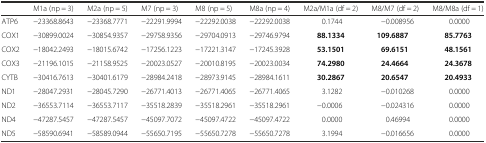
<table><thead><tr><td></td><td><b>M1a (np = 3)</b></td><td><b>M2a (np = 5)</b></td><td><b>M7 (np = 3)</b></td><td><b>M8 (np = 5)</b></td><td><b>M8a (np = 4)</b></td><td><b>M2a/M1a (df = 2)</b></td><td><b>M8/M7 (df = 2)</b></td><td><b>M8/M8a (df = 1)</b></td></tr></thead><tbody><tr><td>ATP6</td><td>−23368.8643</td><td>−23368.7771</td><td>−22291.9994</td><td>−22292.0038</td><td>−22292.0038</td><td>0.1744</td><td>−0.008956</td><td>0.0000</td></tr><tr><td>COX1</td><td>−30899.0024</td><td>−30854.9357</td><td>−29758.9356</td><td>−29704.0913</td><td>−29746.9794</td><td><b>88.1334</b></td><td><b>109.6887</b></td><td><b>85.7763</b></td></tr><tr><td>COX2</td><td>−18042.2493</td><td>−18015.6742</td><td>−17256.1223</td><td>−17221.3147</td><td>−17245.3928</td><td><b>53.1501</b></td><td><b>69.6151</b></td><td><b>48.1561</b></td></tr><tr><td>COX3</td><td>−21196.1015</td><td>−21158.9525</td><td>−20023.0527</td><td>−20010.8195</td><td>−20023.0034</td><td><b>74.2980</b></td><td><b>24.4664</b></td><td><b>24.3678</b></td></tr><tr><td>CYTB</td><td>−30416.7613</td><td>−30401.6179</td><td>−28984.2418</td><td>−28973.9145</td><td>−28984.1611</td><td><b>30.2867</b></td><td><b>20.6547</b></td><td><b>20.4933</b></td></tr><tr><td>ND1</td><td>−28047.2931</td><td>−28045.7290</td><td>−26771.4013</td><td>−26771.4065</td><td>−26771.4065</td><td>3.1282</td><td>−0.010268</td><td>0.0000</td></tr><tr><td>ND2</td><td>−36553.7114</td><td>−36553.7117</td><td>−35518.2839</td><td>−35518.2961</td><td>−35518.2961</td><td>−0.0006</td><td>−0.024316</td><td>0.0000</td></tr><tr><td>ND4</td><td>−47287.5457</td><td>−47287.5457</td><td>−45097.7072</td><td>−45097.4722</td><td>−45097.4722</td><td>0.0000</td><td>0.46994</td><td>0.0000</td></tr><tr><td>ND5</td><td>−58590.6941</td><td>−58589.0944</td><td>−55650.7195</td><td>−55650.7278</td><td>−55650.7278</td><td>3.1994</td><td>−0.016656</td><td>0.0000</td></tr></tbody></table>